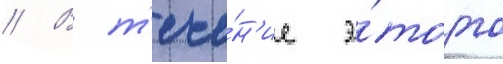
// В т'ече́н'ие э́того